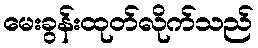
မေးခွန်းထုတ်လိုက်သည်